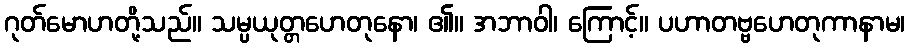
ဂုတ်မောဟတို့သည်။ သမ္ပယုတ္တဟေတုနော၊ ၏။ အဘာဝါ၊ ကြောင့်။ ပဟာတဗ္ဗဟေတုကာနာမ၊